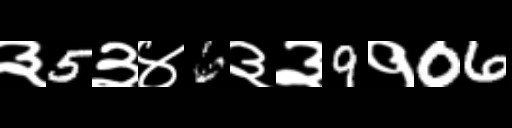
Text: ३5३४6३३9१06